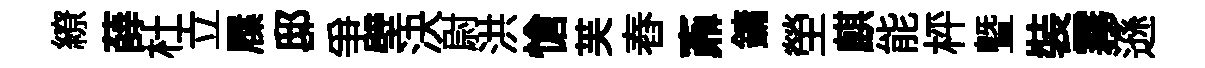
繚薛杜立屧邸爭壁決尉洪愴芙舂鼒鏞塋麒能枰曁裝霧遜